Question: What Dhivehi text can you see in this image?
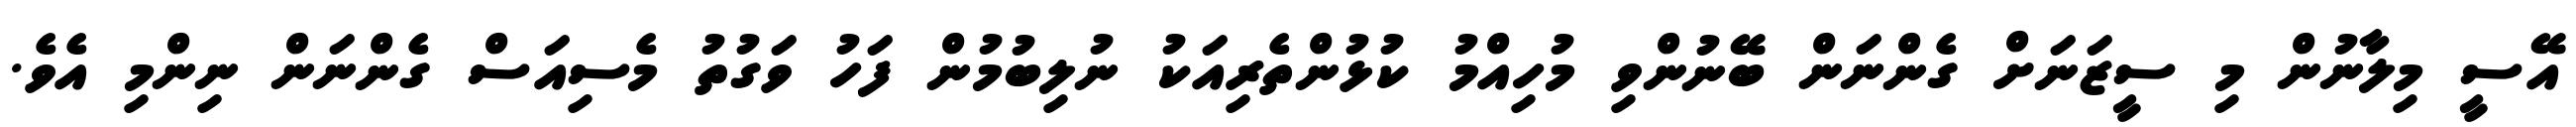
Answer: އޭސީ މިލާނުން މި ސީޒަނަށް ގެންނަން ބޭނުންވި މުހިއްމު ކުޅުންތެރިއަކު ނުލިބުމުން ފަހު ވަގުތު މެސިއަސް ގެންނަން ނިންމި އެވެ.